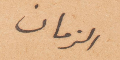
الزمان